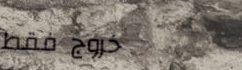
خروج فقط